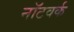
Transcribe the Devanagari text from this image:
नॉटवर्क